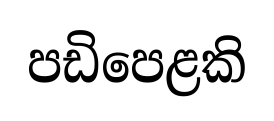
පඩිපෙළකි